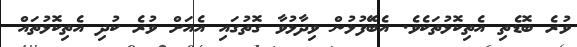
ވުރެ ބޮޑެތި އެތިކޮޅުތަކެވެ. އެބޭަފުޅުން ވިދާޅުވާ ގޮތުގައި އެއަށް ވުރެ ކުދި އެތިކޮޅުތައް